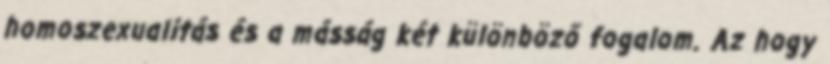
homoszexualitás és a másság két különböző fogalom. Az hogy